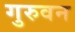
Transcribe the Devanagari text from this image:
गुरुवन